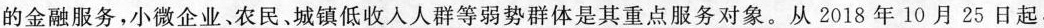
的金融服务，小微企业、农民、城镇低收人人群等弱势群体是其重点服务对象。从2018年10月25日起，